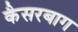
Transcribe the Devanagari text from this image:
कैसरबाग